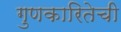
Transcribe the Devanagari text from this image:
गुणकारितेची